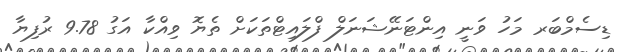
ޑިސެމްބަރ މަހު ވަނީ އިންޓަނޭޝަނަލް ފްލައިޓްތަކަށް ތެޔޮ ވިއްކާ އަގު 9.78 ރުފިޔާ